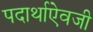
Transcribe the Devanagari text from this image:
पदार्थाऐवजी